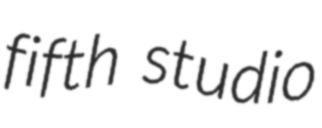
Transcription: fifth studio